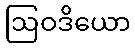
ဩဝဒိယော